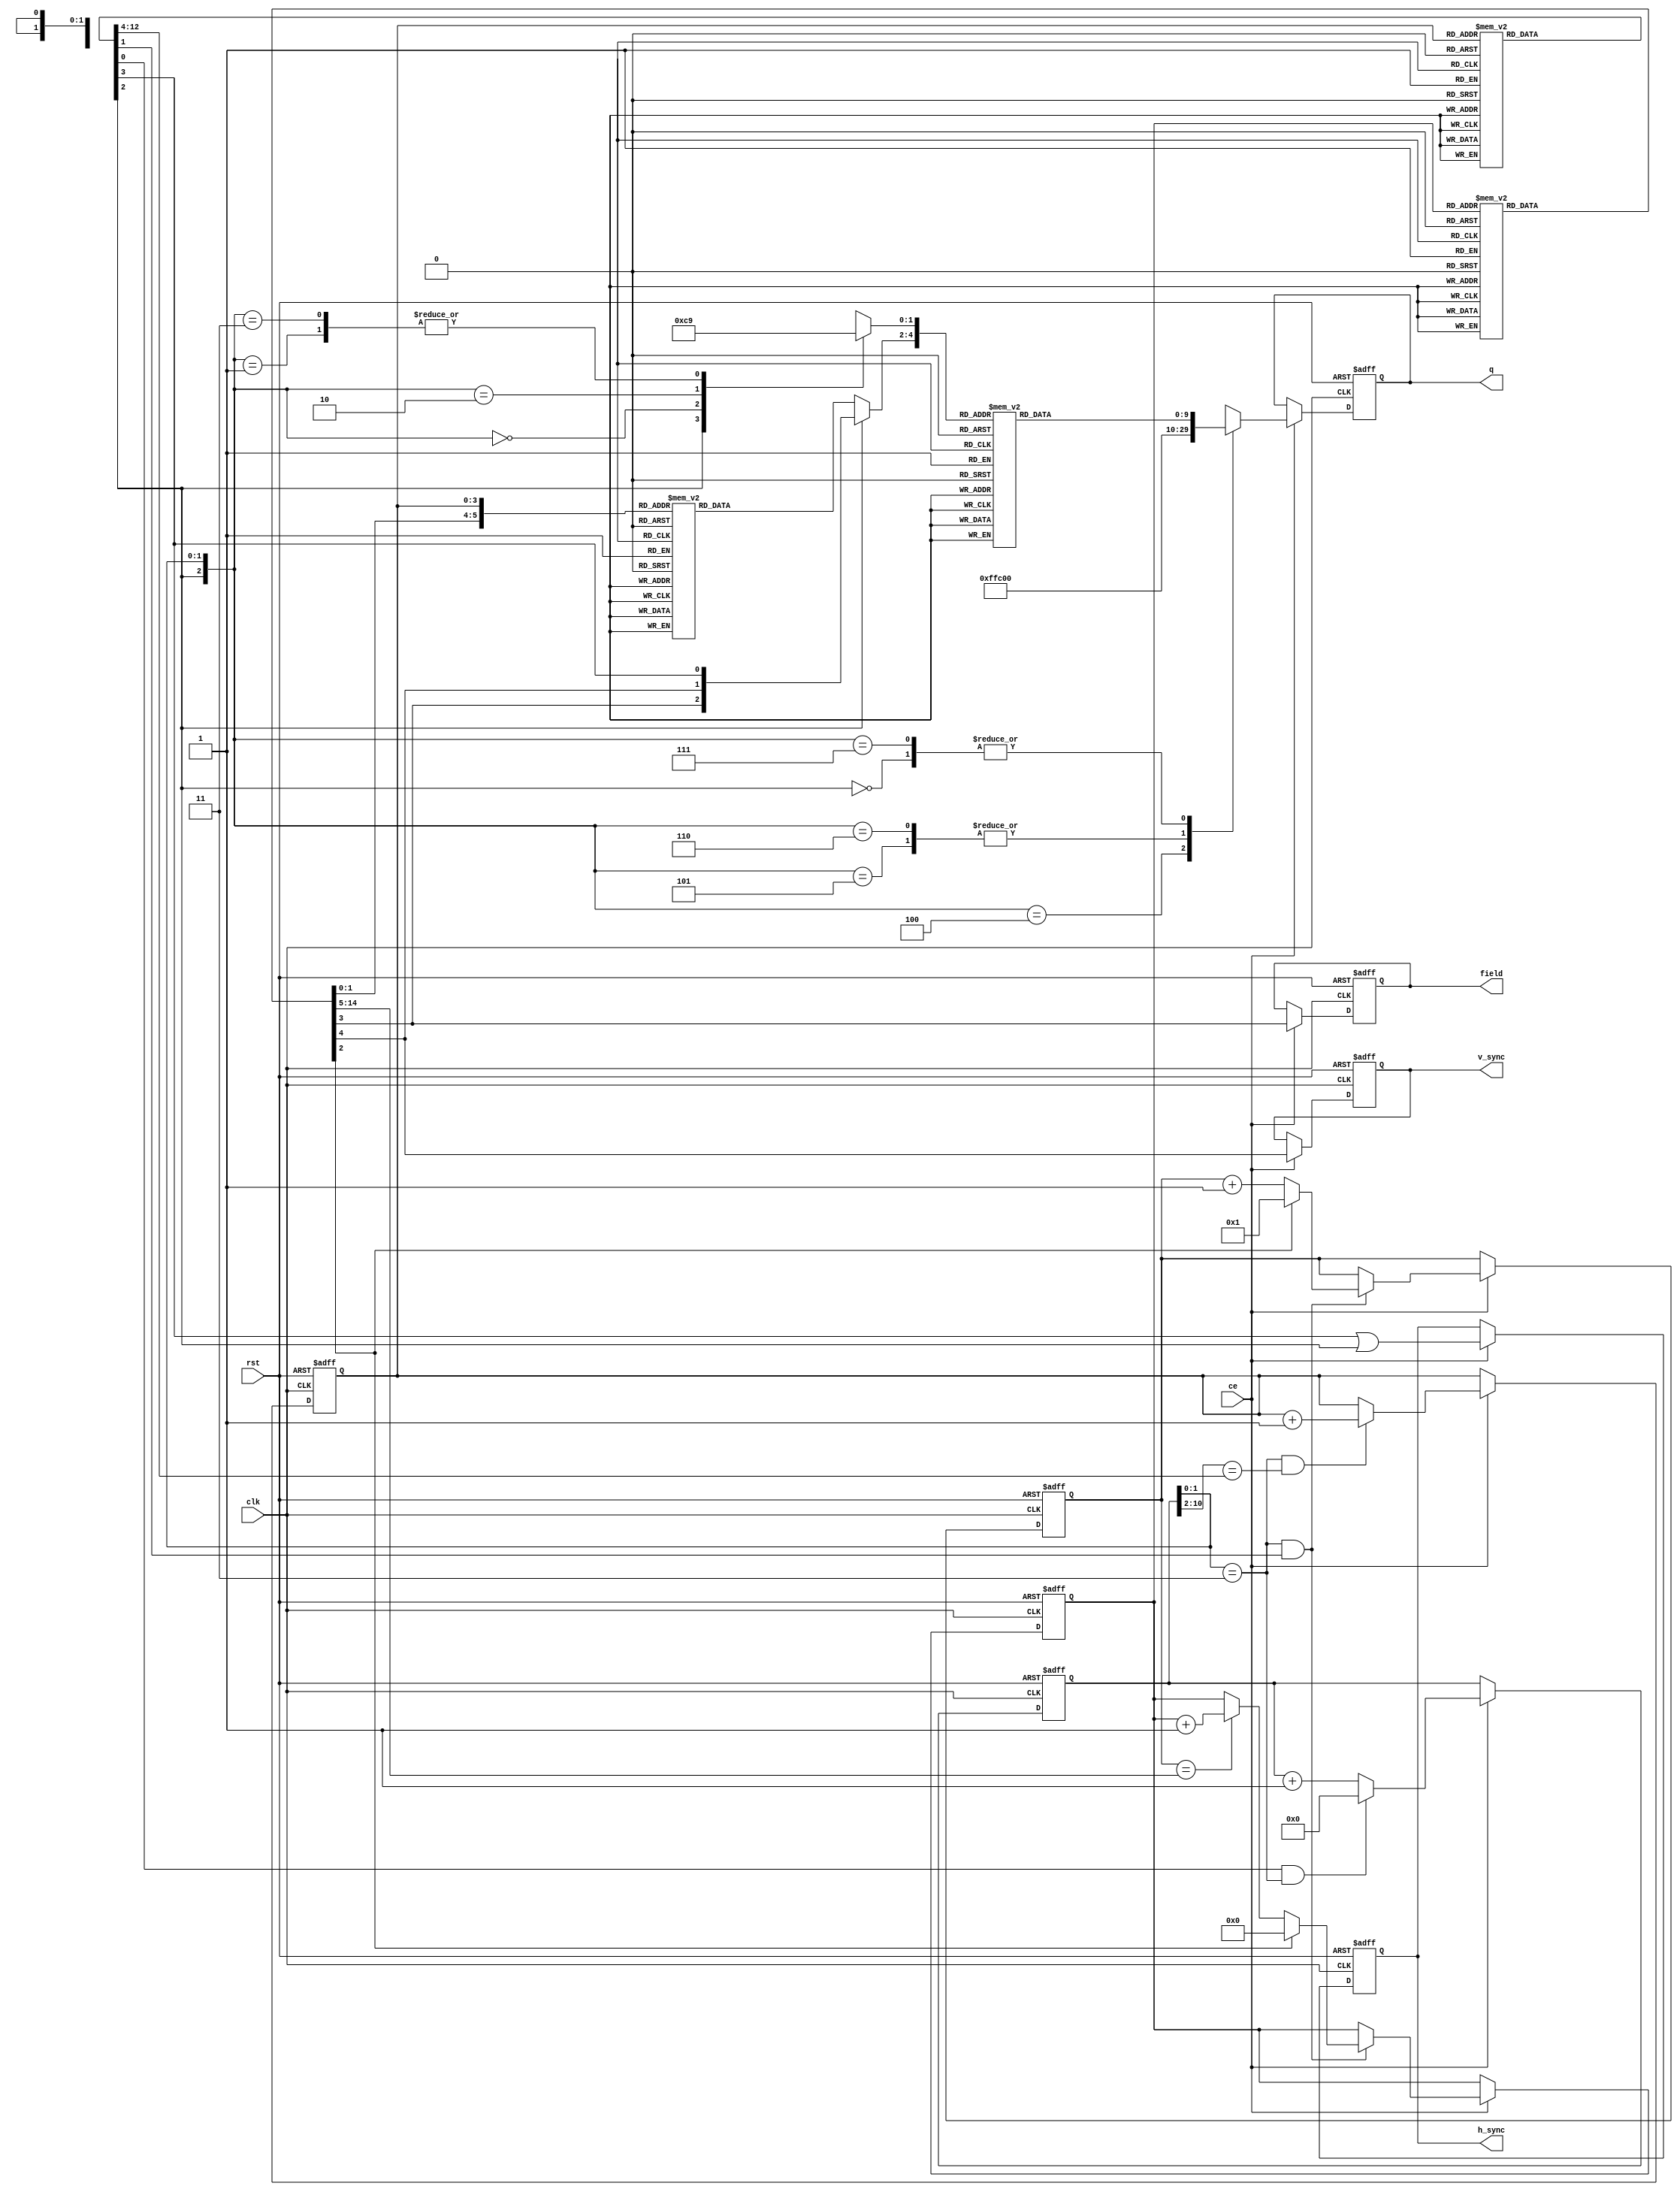
module colorbars (
    clk,
    rst,
    ce,
    q,
    h_sync,
    v_sync,
    field
);

//-----------------------------------------------------------------------------
// Parameter definitions
//

//
// This group of parameters defines the bit widths of various fields in the
// module. Note that if the VID_WIDTH parameter is changed, the video component
// values for the various colors will need to be modified accordingly.
//
parameter VID_WIDTH     = 10;                   // Width of video components
parameter HCNT_WIDTH    = 11;                   // Width of h_counter
parameter VCNT_WIDTH    = 10;                   // Width of v_counter
parameter HRGN_WIDTH    = 4;                    // Width of h_region counter
parameter VRGN_WIDTH    = 4;                    // Width of v_region counter
parameter COLOR_WIDTH   = 3;                    // Width of color code
parameter VBAND_WIDTH   = 2;                    // Width of vband code

parameter V_EVNT_WIDTH  = VCNT_WIDTH;           // Width of v_next_evnt
parameter H_EVNT_WIDTH  = HCNT_WIDTH - 2;       // Width of h_next_evnt
parameter VROM_WIDTH    = V_EVNT_WIDTH + VBAND_WIDTH + 3; // Width of v_rom
parameter HROM_WIDTH    = H_EVNT_WIDTH + 4;     // Width of h_rom
 
parameter VID_MSB       = VID_WIDTH - 1;        // MS bit # of video data path
parameter HCNT_MSB      = HCNT_WIDTH - 1;       // MS bit # of h_counter
parameter VCNT_MSB      = VCNT_WIDTH - 1;       // MS bit # of v_counter
parameter HRGN_MSB      = HRGN_WIDTH - 1;       // MS bit # of h_region counter
parameter VRGN_MSB      = VRGN_WIDTH - 1;       // MS bit # of v_region counter
parameter COLOR_MSB     = COLOR_WIDTH - 1;      // MS bit # of color code
parameter VBAND_MSB     = VBAND_WIDTH - 1;      // MS bit # of vband code
parameter V_EVNT_MSB    = V_EVNT_WIDTH - 1;     // MS bit # of v_next_evnt
parameter H_EVNT_MSB    = H_EVNT_WIDTH - 1;     // MS bit # of h_next_evnt
parameter VROM_MSB      = VROM_WIDTH - 1;       // MS bit # of v_rom
parameter HROM_MSB      = HROM_WIDTH - 1;       // MS bit # of h_rom

//
// This group of parameters controls the total number of lines (both fields) and
// specifies where the odd and even lines begin and where the vertical blanking
// periods begin and end.
//
parameter V_TOTAL       = 525;                  // total lines (two fields)
parameter V_O_FLD_START = 4;                    // first line of odd field
parameter V_O_ACT_START = 20;                   // first active video line, odd field
parameter V_O_BNK_START = 264;                  // first v blanking line, odd field
parameter V_E_FLD_START = 266;                  // first line of even field
parameter V_E_ACT_START = 283;                  // first active video line, even field
parameter V_E_BNK_START = 1;                    // first v blanking line, even field

//
// This group of parameters controls where the three vertical bands of the
// color bar pattern begin for each of the two fields.
//
parameter BAND1_START_E = V_E_ACT_START;        // first line of top band, even field
parameter BAND1_START_O = V_O_ACT_START;        // first line of top band, odd field
parameter BAND2_START_E = V_E_ACT_START + 163;  // first line of middle band, even field
parameter BAND2_START_O = V_O_ACT_START + 163;  // first line of middle band, odd field
parameter BAND3_START_E = V_E_ACT_START + 182;  // first line of bottom band, even field
parameter BAND3_START_O = V_O_ACT_START + 183;  // first line of bottom band, odd field

//
// This group of parameters controls the total number of clocks per line and
// positions of the two TRS symbols.
//
parameter H_TOTAL       = 1716;                 // total clocks on the line
parameter H_EAV_START   = 1440;                 // EAV start pixel
parameter H_SAV_START   = 1712;                 // SAV start pixel
                                               
//
// This group of parameters controls the starting horizontal position of each
// horizontal region. The line is divided up into 12 regions which correspond
// to possible places for a color bar to begin or end when implementing the
// SMPTE EG-1 color bars. Some color bars will span several horizontal regions.
//
parameter BAR0_START    = 0;
parameter BAR1_START    = 208;
parameter BAR2_START    = 260;
parameter BAR3_START    = 416;
parameter BAR4_START    = 520;
parameter BAR5_START    = 624;
parameter BAR6_START    = 780;
parameter BAR7_START    = 832;
parameter BAR8_START    = 1040;
parameter BAR9_START    = 1108;
parameter BARA_START    = 1180;
parameter BARB_START    = 1248;

// 
// This group of parameters specifies the Y, Cb, and Cr values for each of the
// colors used in the color bars.
//
parameter GRAY_Y    = 721,  GRAY_CB     = 512,  GRAY_CR     = 512;  // 75% white
parameter YELLOW_Y  = 674,  YELLOW_CB   = 176,  YELLOW_CR   = 543;
parameter CYAN_Y    = 581,  CYAN_CB     = 589,  CYAN_CR     = 176;
parameter GREEN_Y   = 534,  GREEN_CB    = 253,  GREEN_CR    = 207;
parameter MAGENTA_Y = 251,  MAGENTA_CB  = 771,  MAGENTA_CR  = 817;
parameter RED_Y     = 204,  RED_CB      = 435,  RED_CR      = 848;
parameter BLUE_Y    = 111,  BLUE_CB     = 848,  BLUE_CR     = 481;
parameter BLACK_Y   =  64,  BLACK_CB    = 512,  BLACK_CR    = 512;

//
// This set of parameters specifies the encoding of the color values stored in
// color ROM.
//
parameter [COLOR_WIDTH - 1:0]
    GRAY    = 3'b000,
    YELLOW  = 3'b001,
    CYAN    = 3'b010,
    GREEN   = 3'b011,
    MAGENTA = 3'b100,
    RED     = 3'b101,
    BLUE    = 3'b110,
    BLACK   = 3'b111;

//
// The set of parameters specifies the encoding of the vband signals.
//
parameter [VBAND_WIDTH - 1:0]
    BAND_V_BLANK = 2'b00,                           // vertical blanking band
    BAND1        = 2'b01,                           // top band
    BAND2        = 2'b10,                           // middle band
    BAND3        = 2'b11;                           // bottom band

//-----------------------------------------------------------------------------
// Signal definitions
//

// IO definitions
input                   clk;            // clock input
input                   rst;            // reset input
input                   ce;             // clock enable input
output  [VID_MSB:0]     q;              // video output
output                  h_sync;         // horizontal sync
output                  v_sync;         // vertical sync
output                  field;          // field (0 = odd, 1 = even)

// internal registers
reg     [VID_MSB:0]     q;              // video output register
reg                     h_sync;         // output register for H bit
reg                     v_sync;         // output register for V bit
reg                     field;          // output register for F bit
reg     [HCNT_MSB:0]    h_counter;      // horizontal counter
reg     [VCNT_MSB:0]    v_counter;      // vertical counter
reg     [VRGN_MSB:0]    v_region;       // vertical region counter
reg     [HRGN_MSB:0]    h_region;       // horizontal region counter

// internal signals
reg     [VID_MSB:0]     out;            // data before output register
reg     [COLOR_MSB:0]   color_out;      // output of color ROM
reg     [COLOR_MSB:0]   color_fvh;      // ms address bits of video ROM
reg     [1:0]           comp;           // ls address bits of video ROM
wire    [VBAND_MSB:0]   vband;          // ms address bits of color ROM
wire                    f;              // field bit
wire                    v;              // vertical blanking bit
wire                    h;              // horizontal blanking bit
wire                    inc_v;          // signal to increment the v_counter
wire                    clr_v;          // signal to clear the v_counter
wire                    clr_h;          // signal to clear the h_counter
wire                    trs;            // indicates when TRS symbol is being generated
wire    [1:0]           trs_word;       // indicates which word of TRS symbol is being generated
reg     [VID_MSB:0]     video_out;      // output of video ROM
wire    [H_EVNT_MSB:0]  h_next_evnt;    // h_counter value of next horizontal event
reg     [HROM_MSB:0]    h_rom;          // output of horizontal event ROM
wire    [V_EVNT_MSB:0]  v_next_evnt;    // v_counter value of next vertical event
reg     [VROM_MSB:0]    v_rom;          // output of vertical event ROM
wire                    v_evnt_match;   // output of vertical event comparator
wire                    h_evnt_match;   // output of horizontal event comparator


//
// video ROM
//
// The video ROM generates the actual component video values based on the
// "color" input value or the TRS symbol's XYZ word based on the FVH bits.
// The ROM is organized into eight blocks of four words. Each block corresponds
// to a color value (or a FVH value). The first word in each block is the CB
// component. The second word is the Y component. The third word is the CR
// component. And, the fourth word is the XYZ word.
//
always @ (color_fvh or comp)
    case({color_fvh, comp})
        0 : video_out = GRAY_CB;
        1 : video_out = GRAY_Y;
        2 : video_out = GRAY_CR;
        3 : video_out = 8'b1_0_0_0_0000 << (VID_WIDTH - 8);
        4 : video_out = YELLOW_CB;
        5 : video_out = YELLOW_Y;
        6 : video_out = YELLOW_CR;
        7 : video_out = 8'b1_0_0_1_1101 << (VID_WIDTH - 8);
        8 : video_out = CYAN_CB;
        9 : video_out = CYAN_Y;
        10: video_out = CYAN_CR;
        11: video_out = 8'b1_0_1_0_1011 << (VID_WIDTH - 8);
        12: video_out = GREEN_CB;
        13: video_out = GREEN_Y;
        14: video_out = GREEN_CR;
        15: video_out = 8'b1_0_1_1_0110 << (VID_WIDTH - 8);
        16: video_out = MAGENTA_CB;
        17: video_out = MAGENTA_Y;
        18: video_out = MAGENTA_CR;
        19: video_out = 8'b1_1_0_0_0111 << (VID_WIDTH - 8);
        20: video_out = RED_CB;
        21: video_out = RED_Y;
        22: video_out = RED_CR;
        23: video_out = 8'b1_1_0_1_1010 << (VID_WIDTH - 8);
        24: video_out = BLUE_CB;
        25: video_out = BLUE_Y;
        26: video_out = BLUE_CR;
        27: video_out = 8'b1_1_1_0_1100 << (VID_WIDTH - 8);
        28: video_out = BLACK_CB;
        29: video_out = BLACK_Y;
        30: video_out = BLACK_CR;
        31: video_out = 8'b1_1_1_1_0001 << (VID_WIDTH - 8);
    endcase

//
// color ROM
//
// The color ROM converts the vband and h_region values into a color value.
// It determines the correct color to output based on which region of the
// screen is currently active.
//
always @ (vband or h_region)
    case({vband,h_region})  
        // First 16 locations are in the vertical blanking period
        0 : color_out = BLACK;
        1 : color_out = BLACK;
        2 : color_out = BLACK;
        3 : color_out = BLACK;
        4 : color_out = BLACK;
        5 : color_out = BLACK;
        6 : color_out = BLACK;
        7 : color_out = BLACK;
        8 : color_out = BLACK;
        9 : color_out = BLACK;
        10: color_out = BLACK;
        11: color_out = BLACK;
        12: color_out = BLACK;
        13: color_out = BLACK;
        14: color_out = BLACK;
        15: color_out = BLACK;

        // Locations 16 thru 31 are in the top color band
        16: color_out = BLACK;
        17: color_out = BLACK;
        18: color_out = BLACK;
        19: color_out = GRAY;
        20: color_out = YELLOW;
        21: color_out = YELLOW;
        22: color_out = CYAN;
        23: color_out = CYAN;
        24: color_out = GREEN;
        25: color_out = GREEN;
        26: color_out = MAGENTA;
        27: color_out = RED;
        28: color_out = RED;
        29: color_out = RED;
        30: color_out = BLUE;
        31: color_out = BLUE;

        // Locations 32 thru 47 are in the middle color band
        32: color_out = BLACK;
        33: color_out = BLACK;
        34: color_out = BLACK;
        35: color_out = BLUE;
        36: color_out = BLACK;
        37: color_out = BLACK;
        38: color_out = MAGENTA;
        39: color_out = MAGENTA;
        40: color_out = BLACK;
        41: color_out = BLACK;
        42: color_out = CYAN;
        43: color_out = BLACK;
        44: color_out = BLACK;
        45: color_out = BLACK;
        46: color_out = GRAY;
        47: color_out = GRAY;

        // Locations 48 through 63 are in the bottom color band
        48: color_out = BLACK;
        49: color_out = BLACK;
        50: color_out = BLACK;
        51: color_out = GRAY;
        52: color_out = GRAY;
        53: color_out = GRAY;
        54: color_out = GRAY;
        55: color_out = GRAY;
        56: color_out = GRAY;
        57: color_out = BLACK;
        58: color_out = BLACK;
        59: color_out = BLACK;
        60: color_out = BLACK;
        61: color_out = BLACK;
        62: color_out = BLACK;
        63: color_out = BLACK;
    endcase

//
// vertical state machine
//

// generate the line counter comparator
assign v_evnt_match = (v_counter == v_next_evnt);

//
// v_region counter
//
// This is counter holds the current state value of the vertical state machine.
// It increments at the end of line as indicated by the inc_v signal from the
// horizontal state machine if the current contents of the v_counter match
// the v_next_evnt ROM's output.
//
always @ (posedge clk or posedge rst)
    if (rst)
        v_region <= 15;
    else
        if (ce)
            begin
                if ((h_counter[1:0] == 2'b11) && inc_v) 
                    begin
                        if (clr_v)
                            v_region <= 0;
                        else if (v_evnt_match)
                            v_region <= v_region + 1;
                    end
            end
        
//
// v_envt_rom
//
// This ROM generates the control outputs for the vertical state machine.
// It also generates the line number of the next vertical event. 
//
always @ (v_region)
    case(v_region)
        //                     next_evnt      v f clr   band
        0 :     v_rom <= {V_O_FLD_START-1, 3'b1_1_0, BAND_V_BLANK}; // start v blank
        1 :     v_rom <= {V_O_ACT_START-1, 3'b1_0_0, BAND_V_BLANK}; // start fld 1
        2 :     v_rom <= {BAND2_START_O-1, 3'b0_0_0, BAND1};        // start band 1
        3 :     v_rom <= {BAND3_START_O-1, 3'b0_0_0, BAND2};        // start band 2
        4 :     v_rom <= {V_O_BNK_START-1, 3'b0_0_0, BAND3};        // start band 3
        5 :     v_rom <= {V_E_FLD_START-1, 3'b1_0_0, BAND_V_BLANK}; // start v blank
        6 :     v_rom <= {V_E_ACT_START-1, 3'b1_1_0, BAND_V_BLANK}; // start fld 2
        7 :     v_rom <= {BAND2_START_E-1, 3'b0_1_0, BAND1};        // start band 1
        8 :     v_rom <= {BAND3_START_E-1, 3'b0_1_0, BAND2};        // start band 2
        9 :     v_rom <= {V_TOTAL-1,       3'b0_1_0, BAND3};        // start band 3
        10:     v_rom <= {V_TOTAL,         3'b0_1_1, BAND3};        // last line fld 2
        default:v_rom <= {V_TOTAL,         3'b0_1_1, BAND3};        // default
    endcase

//
// assign the individual fields from the v_envt_rom output
//
assign v_next_evnt  = v_rom[V_EVNT_MSB + VBAND_WIDTH + 3:VBAND_WIDTH + 3];
assign v            = v_rom[VBAND_WIDTH + 2];
assign f            = v_rom[VBAND_WIDTH + 1];
assign clr_v        = v_rom[VBAND_WIDTH];
assign vband        = v_rom[VBAND_MSB:0];

//
// horizontal state machine
//

// generate the h_counter comparator
assign h_evnt_match = (h_counter[HCNT_MSB:2] == h_next_evnt);


// h_region counter
//
// The h_region counter contains the current state of the horizontal state 
// machine. This counter increments when the contents of the h_counter match 
// the h_next_evnt value generated by the h_rom.
//
always @ (posedge clk or posedge rst)
    if (rst)
        h_region <= 15;
    else
        if (ce)
            if ((h_counter[1:0] == 2'b11) && h_evnt_match)
                h_region <= h_region + 1;
        
//
// h_rom
//
// Based on the current horizontal state contained in the h_region counter, this
// ROM generates the control signals for the horzintal state machine. It also
// generates the horizontal count value to match against the h_counter for the
// next state transition.
//
always @ (h_region)
    case(h_region)  
        //               next event           h t i c
        //                                      r n l
        //                                      s c r
        //                                        v h  
        0 :   h_rom <= { H_EAV_START/4,    4'b1_1_0_0}; // EAV
        1 :   h_rom <= {(H_SAV_START/4)-1, 4'b1_0_0_0}; // h blanking
        2 :   h_rom <= {(H_TOTAL    /4)-1, 4'b0_1_0_1}; // SAV
        3 :   h_rom <= {(BAR1_START /4)-1, 4'b0_0_0_0}; // BAR 0
        4 :   h_rom <= {(BAR2_START /4)-1, 4'b0_0_0_0}; // BAR 1
        5 :   h_rom <= {(BAR3_START /4)-1, 4'b0_0_0_0}; // BAR 2
        6 :   h_rom <= {(BAR4_START /4)-1, 4'b0_0_0_0}; // BAR 3                
        7 :   h_rom <= {(BAR5_START /4)-1, 4'b0_0_0_0}; // BAR 4
        8 :   h_rom <= {(BAR6_START /4)-1, 4'b0_0_0_0}; // BAR 5
        9 :   h_rom <= {(BAR7_START /4)-1, 4'b0_0_0_0}; // BAR 6
        10:   h_rom <= {(BAR8_START /4)-1, 4'b0_0_0_0}; // BAR 7
        11:   h_rom <= {(BAR9_START /4)-1, 4'b0_0_0_0}; // BAR 8
        12:   h_rom <= {(BARA_START /4)-1, 4'b0_0_0_0}; // BAR 9
        13:   h_rom <= {(BARB_START /4)-1, 4'b0_0_0_0}; // BAR A
        14:   h_rom <= {(H_EAV_START/4)-2, 4'b0_0_0_0}; // BAR B
        15:   h_rom <= {(H_EAV_START/4)-1, 4'b0_0_1_0}; // last active sample
    endcase

assign h_next_evnt  = h_rom[H_EVNT_WIDTH + 3:4];
assign h            = h_rom[3];
assign trs          = h_rom[2];
assign inc_v        = h_rom[1];
assign clr_h        = h_rom[0];

//
// v_counter
//
// The v_counter keeps track of the current line number. It increments during
// the generation of the EAV signal since SMPTE 125M specifies that each line
// begins with the EAV symbol (although the pixel counter is not 0 at this
// point). To match the SMPTE 125M specification, the count of the first line is
// zero, not one. On reset, the line counter is set to the last line. It will
// increment to the first line one the first clock after the reset is negated.
//
always @ (posedge clk or posedge rst)
    if (rst)
        v_counter <= V_TOTAL;           
    else if (ce)
        if ((h_counter[1:0] == 2'b11) && inc_v)
            begin
                if (clr_v)
                    v_counter <= 1;
                else
                    v_counter <= v_counter + 1;
            end

//
// h_counter
//
// The h_counter keeps track of the current vertical position on the screen.
// The h_counter counts from 0 (which is the first active video position) to
// the maximum count for the line (which corresponds to last word of the SAV).
// On reset, the h_counter is set to the EAV position so that an EAV is
// the first thing generated after reset.
//
always @ (posedge clk or posedge rst)
    if (rst)
        h_counter <= H_EAV_START-1;
    else if (ce)
        begin
            if (clr_h && (h_counter[1:0] == 2'b11))
                h_counter <= 0;
            else
                h_counter <= h_counter + 1;
        end

//
// This logic implements a mux on the output of the color ROM. If a TRS is to
// be generated, the FVH bits are output instead of the color_out value.
always @ (color_out or trs or f or v or h)
    if (trs)
        color_fvh <= {f,v,h};
    else
        color_fvh <= color_out;

//
// This logic generates the two LS address bits into the video ROM. These
// bits determine which video component should be generated (Y, Cb, or Cr). If
// a TRS is being generated, these bits force the video ROM to generated the
// XYZ word.
//
always @ (trs or h_counter)
    casex ({trs, h_counter[1:0]})
        3'b1xx : comp <= 2'b11;         // TRS
        3'b000 : comp <= 2'b00;         // Cb
        3'b001 : comp <= 2'b01;         // Y
        3'b010 : comp <= 2'b10;         // Cr
        3'b011 : comp <= 2'b01;         // Y
    endcase

//
// This logic implements a mux on the output of the video ROM. Normally, the 
// output of the video ROM is sent to the output register. If a TRS is being
// generated, this MUX can force the output to be all zeros or all ones as
// required.
//
assign trs_word = h_counter[1:0];

always @ (trs or trs_word or video_out)
    casex ({trs,trs_word})
        3'b0xx : out <= video_out;
        3'b100 : out <= {VID_WIDTH{1'b1}};  // 0x3FF
        3'b101 : out <= {VID_WIDTH{1'b0}};  // 0x000
        3'b110 : out <= {VID_WIDTH{1'b0}};  // 0x000
        3'b111 : out <= video_out;
    endcase

//
// This code implements the output registers.
//
always @ (posedge clk or posedge rst)
    if (rst)
        begin
            q <= {VID_WIDTH{1'b0}};
            h_sync <= 0;
            v_sync <= 0;
            field  <= 0;
        end
    else if (ce)
        begin
            q <= out;
            h_sync <= h | trs;
            v_sync <= v;
            field <=  f;
        end

endmodule